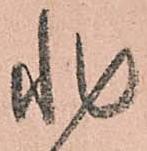
非